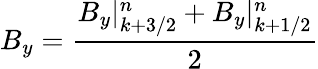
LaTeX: B_{y}=\frac{B_{y}|_{k+3/2}^{n}+B_{y}|_{k+1/2}^{n}}{2}